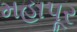
મહાપૂર